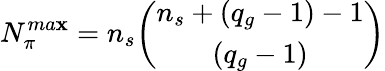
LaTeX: N_{\pi}^{ma\mathbf{x}}=n_{s}\binom{n_{s}+(q_{g}-1)-1}{(q_{g}-1)}